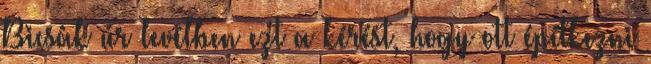
Bicsák úr levélben ezt a kérést, hogy ott építkezni